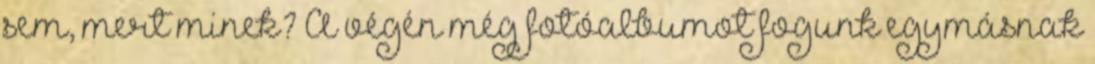
sem, mert minek? A végén még fotóalbumot fogunk egymásnak